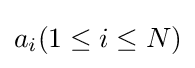
a_{i}(1\leq i\leq N)